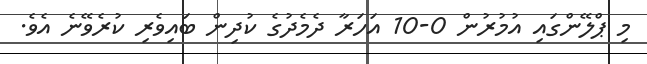
މި ޕްލޭންގައި އުމުރުން 0-10 އަހަރާ ދެމެދުގެ ކުދިން ބައިވެރި ކުރެވޭނެ އެވެ.